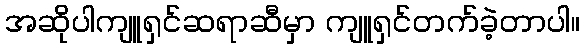
အဆိုပါကျူရှင်ဆရာဆီမှာ ကျူရှင်တက်ခဲ့တာပါ။